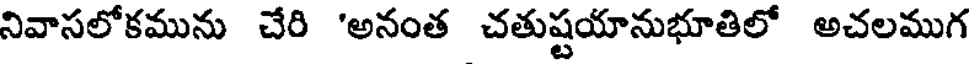
నివాసలోకమును చేరి 'అనంత చతుష్టయానుభూతిలో అచలముగ